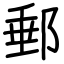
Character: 郵